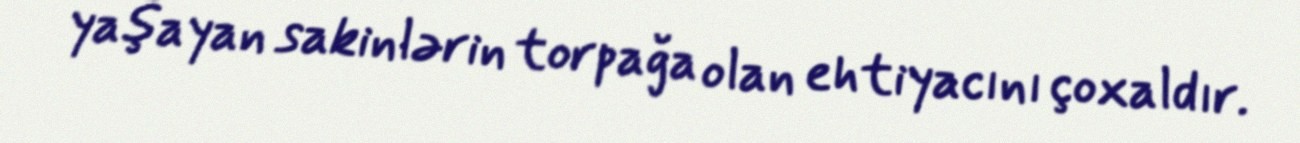
yaşayan sakinlərin torpağa olan ehtiyacını çoxaldır.